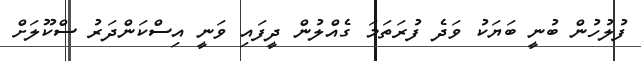
ފުލުހުން ބުނީ ބަޔަކު ވަދެ ފުރަތަމަ ގެއްލުން ދީފައި ވަނީ އިސްކަންދަރު ސްކޫލަށް